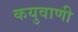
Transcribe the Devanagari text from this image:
कयुवाणी